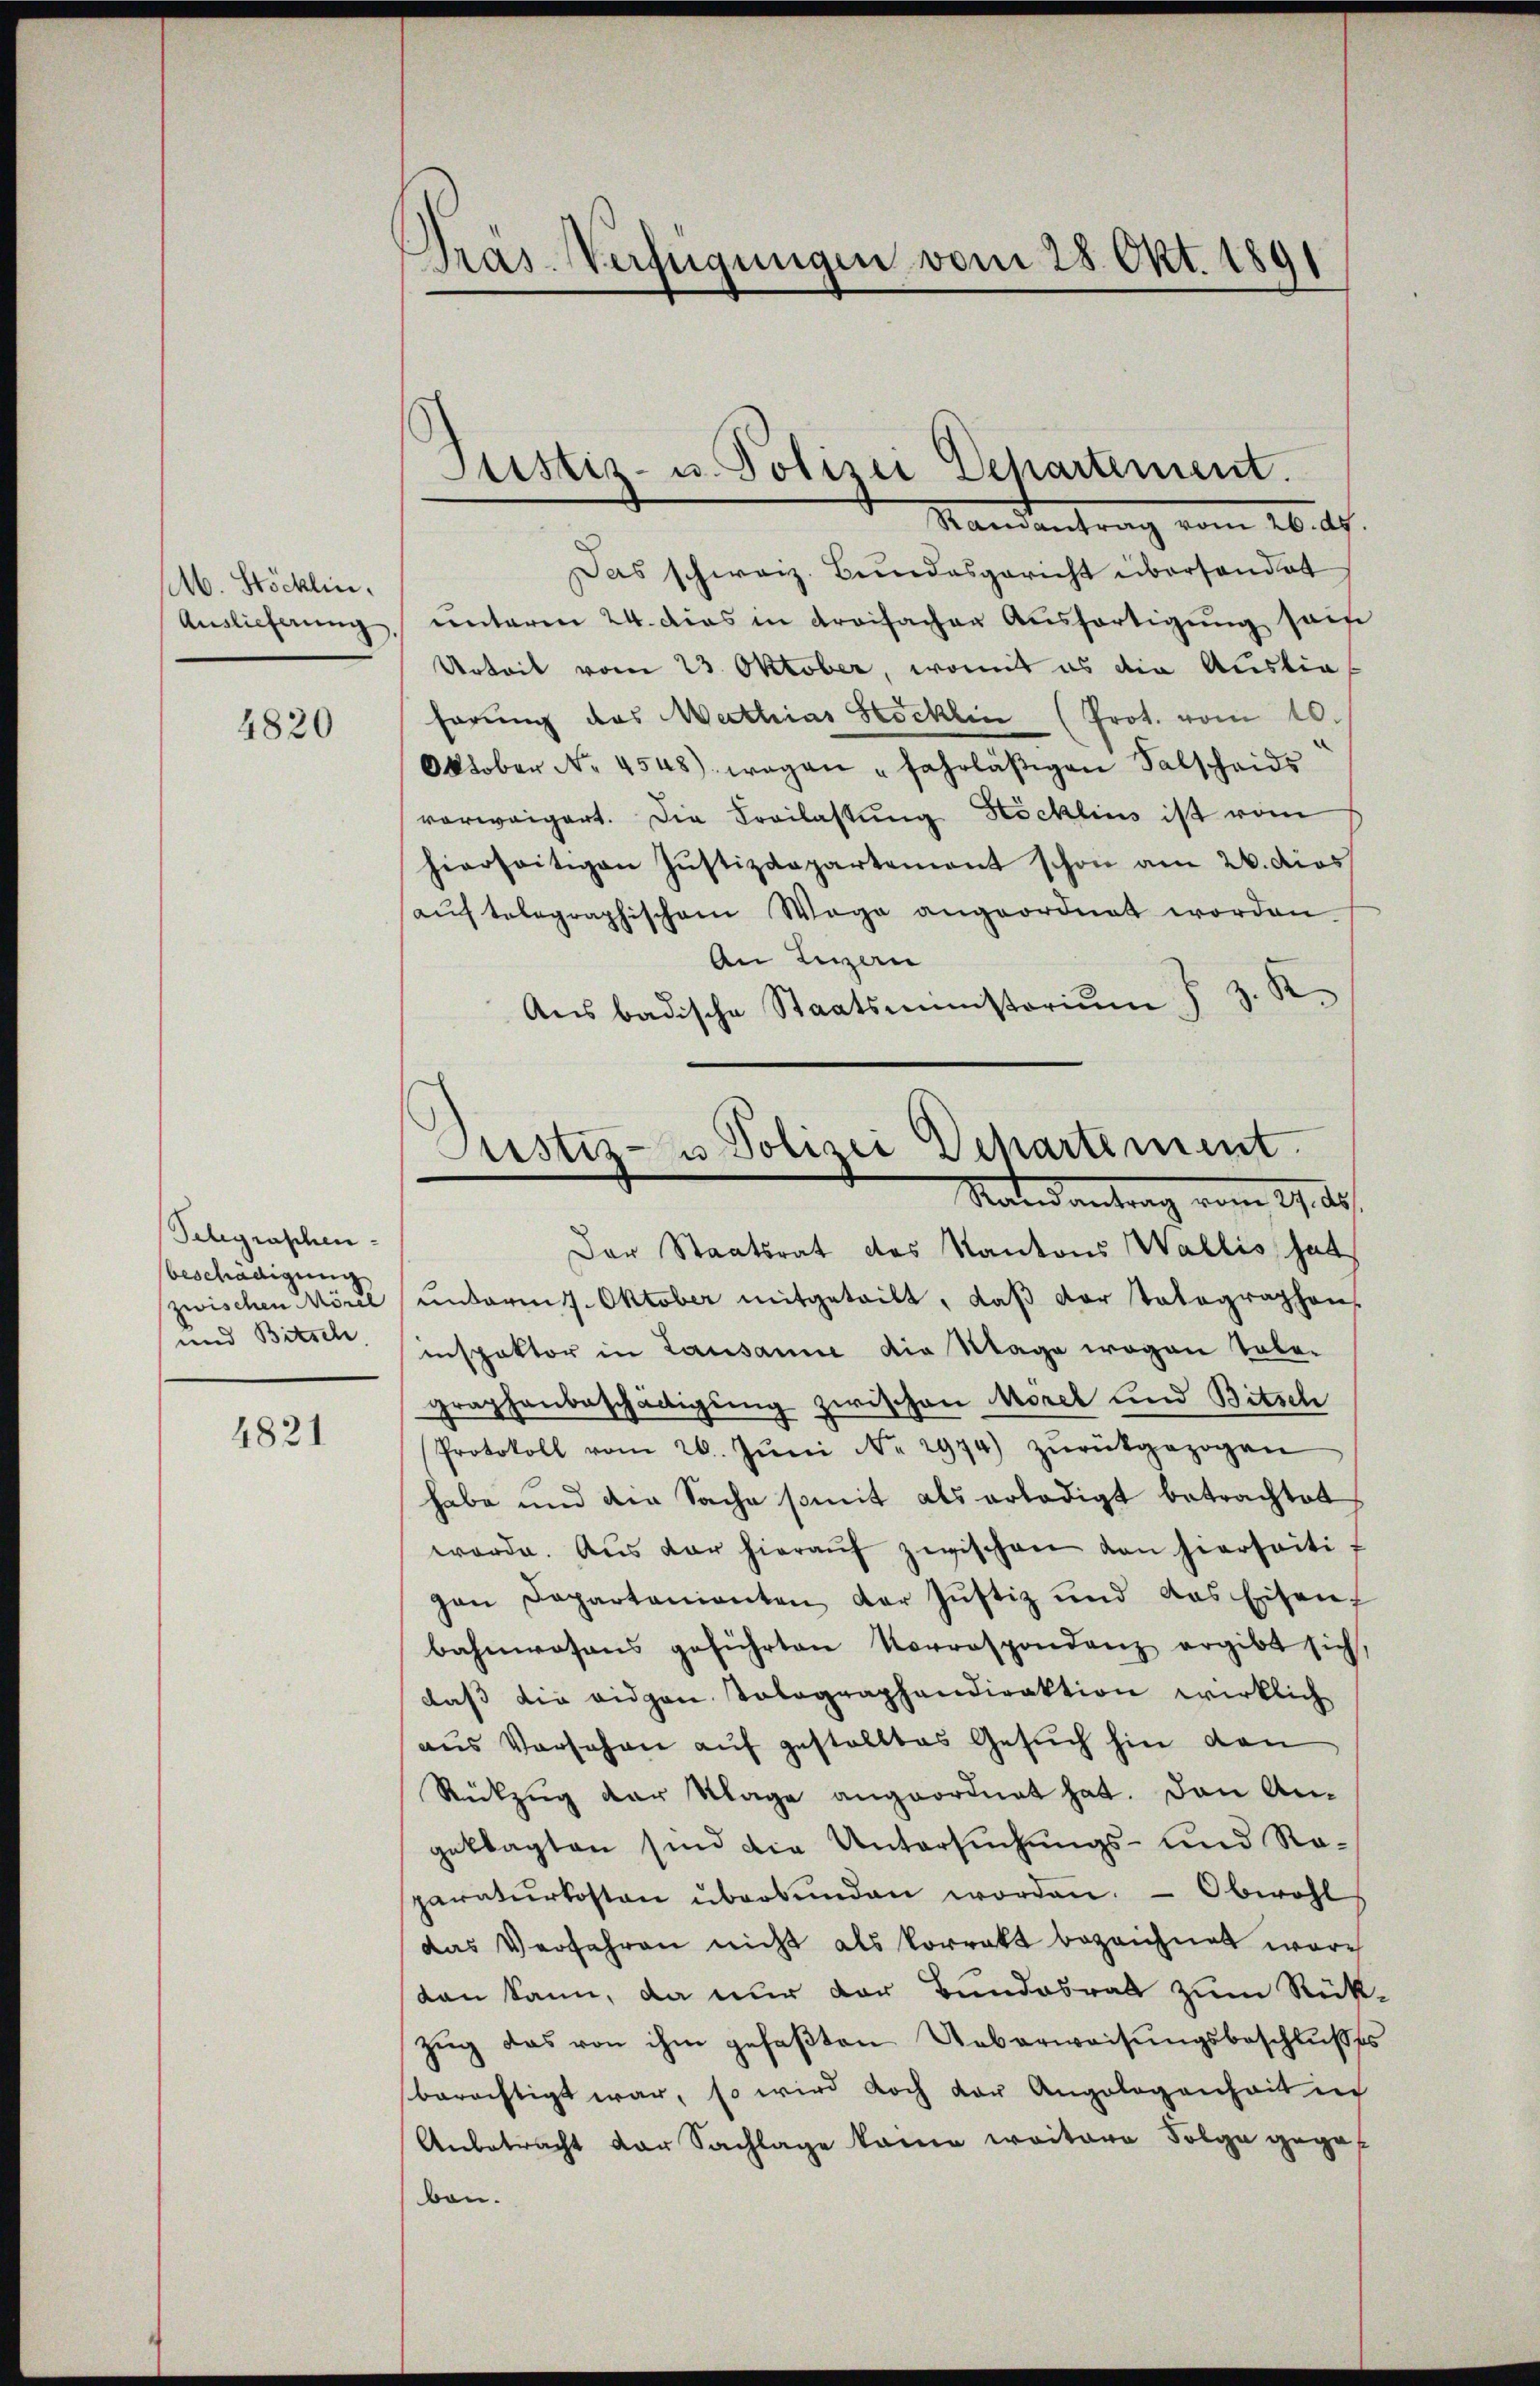
M. Stöcklin.

4820

Telegraphen-
beschädigung
zwischen Morel
und Bitsch

4821

Pras. Verfügungen vom 28. Okt. 1891

Standentrag vom 26. A.
Das schweiz. Bundesgericht überhandet
Auslieferŭng ŭnteren 24. dies in dreifacher Aŭsfertigŭng sein
Arbeit vom 23. Oktober, womit es die Auslie
hörung das Mathias Stöcklin (Prot. vom 10.
Oktober No. 4548) wegen fahrläßigen Salscheids
vorweigert. Die Freilastung Höcklins ist vom
hierseitigen Justizdepartement schon am 26. dies
aŭf telegraphischem Wege angeordnet worden.
An Luzern
Ans badische Staatsministoriŭm J. J. K.

Justiz- u. Polizei Departement.

Justiz- u Polizei Departement
Rates antrag vom 17. ds.

Der Staatsrat des Kantons Wallis hat
ŭnterm 1. Oktober mitgeteilt, daβ der totographen
inspektor in Lausanne die Wage wegen Tobe-
graphenbeschädigung zwischen Morel und Bitsch
Protokoll vom 26. Jŭni Nr. 2974) zŭrückgezogen
habe und die Sache somit als erledigt betrachtet
werde. Aus der hieraŭf zwischen von hierseiti-
gan Departanienten der Justiz und das Eisen
bahnwesens geführten Vorrespondenz ergibt sich,
dass die eidgen Tolographendirektion wirklich
aus Vorsehen auf gestelltes Gesuch hin den
Rückzug der Klage angeordnet hat. Den Angeklagten sind die Untersuchungs- und Roparaturkosten überbŭnden worden. - Obwohl,
das Verfahren nicht als korrekt bezeichnet wordan kann, da nur der Bundesrath zum Rück¬
Zug das von ihm gefaßten Ueberweisungsbeschlußes
berechtigt war, so wird doch der Angelegenheit in
Anbetracht der Sachlage keine weitere Folge gegeben.